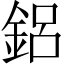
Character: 鋁